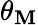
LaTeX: \theta_{\mathbf{M}}